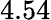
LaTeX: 4.54